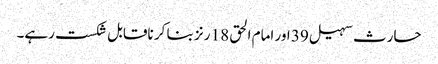
حارث سہیل 39 اور امام الحق 18 رنز بنا کر ناقابل شکست رہے۔